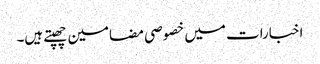
اخبارات میں خصوصی مضامین چھپتے ہیں۔